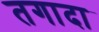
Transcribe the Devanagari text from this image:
तगादा